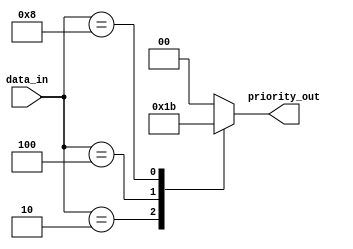
module priority_encoder (
    input [3:0] data_in,
    output reg [1:0] priority_out
);

always @* begin
    case(data_in)
        4'b0001: priority_out = 2'b00;
        4'b0010: priority_out = 2'b01;
        4'b0100: priority_out = 2'b10;
        4'b1000: priority_out = 2'b11;
        default: priority_out = 2'b00; // default to lowest priority
    endcase
end

endmodule